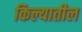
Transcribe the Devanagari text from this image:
किल्यातील